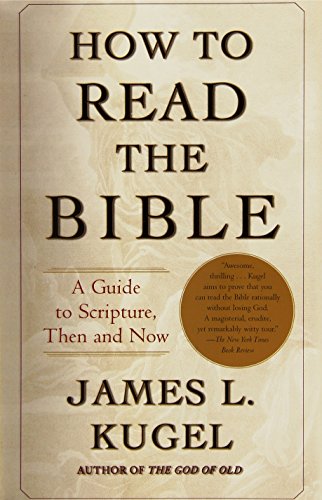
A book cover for How to Read the Bible: A Guide to Scripture, Then and Now; James L. Kugel; Christian Books & Bibles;